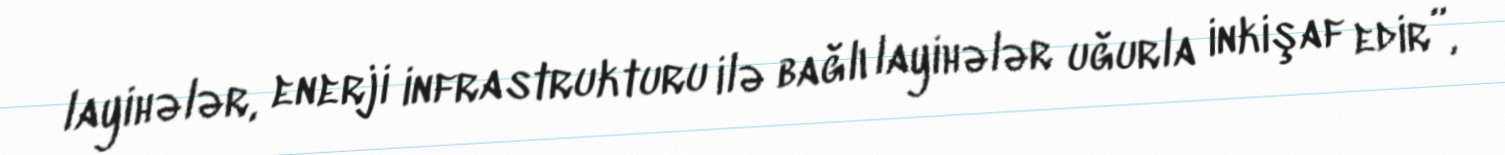
layihələr, enerji infrastrukturu ilə bağlı layihələr uğurla inkişaf edir”,